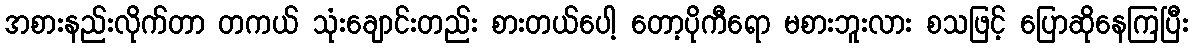
အစားနည်းလိုက်တာ တကယ် သုံးချောင်းတည်း စားတယ်ပေါ့ တော့ပိုကီရော မစားဘူးလား စသဖြင့် ပြောဆိုနေကြပြီး